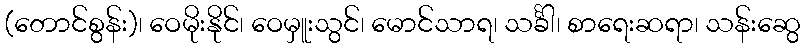
(တောင်စွန်း)၊ ဝေမိုးနိုင်၊ ဝေမှူးသွင်၊ မောင်သာရ၊ သင်္ခါ၊ စာရေးဆရာ၊ သန်းဆွေ